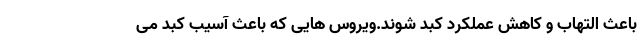
باعث التهاب و کاهش عملکرد کبد شوند.ویروس هایی که باعث آسیب کبد می